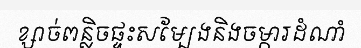
ខ្សាច់ពន្លិចផ្ទះសម្បែងនិងចម្ការដំណាំ